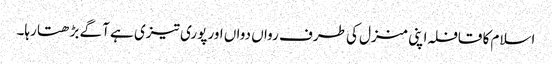
اسلام کا قافلہ اپنی منزل کی طرف رواں دواں اور پوری تیزی ہے آگے بڑھتا رہا۔